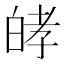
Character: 𤽴